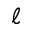
\ell